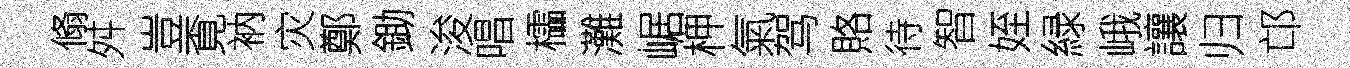
翛舛豈覔衲灾鄭鋤浚唱櫺灘崌柙氣驾賂待智姪緑峨讓归邙